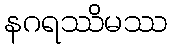
နဂရဿိမဿ